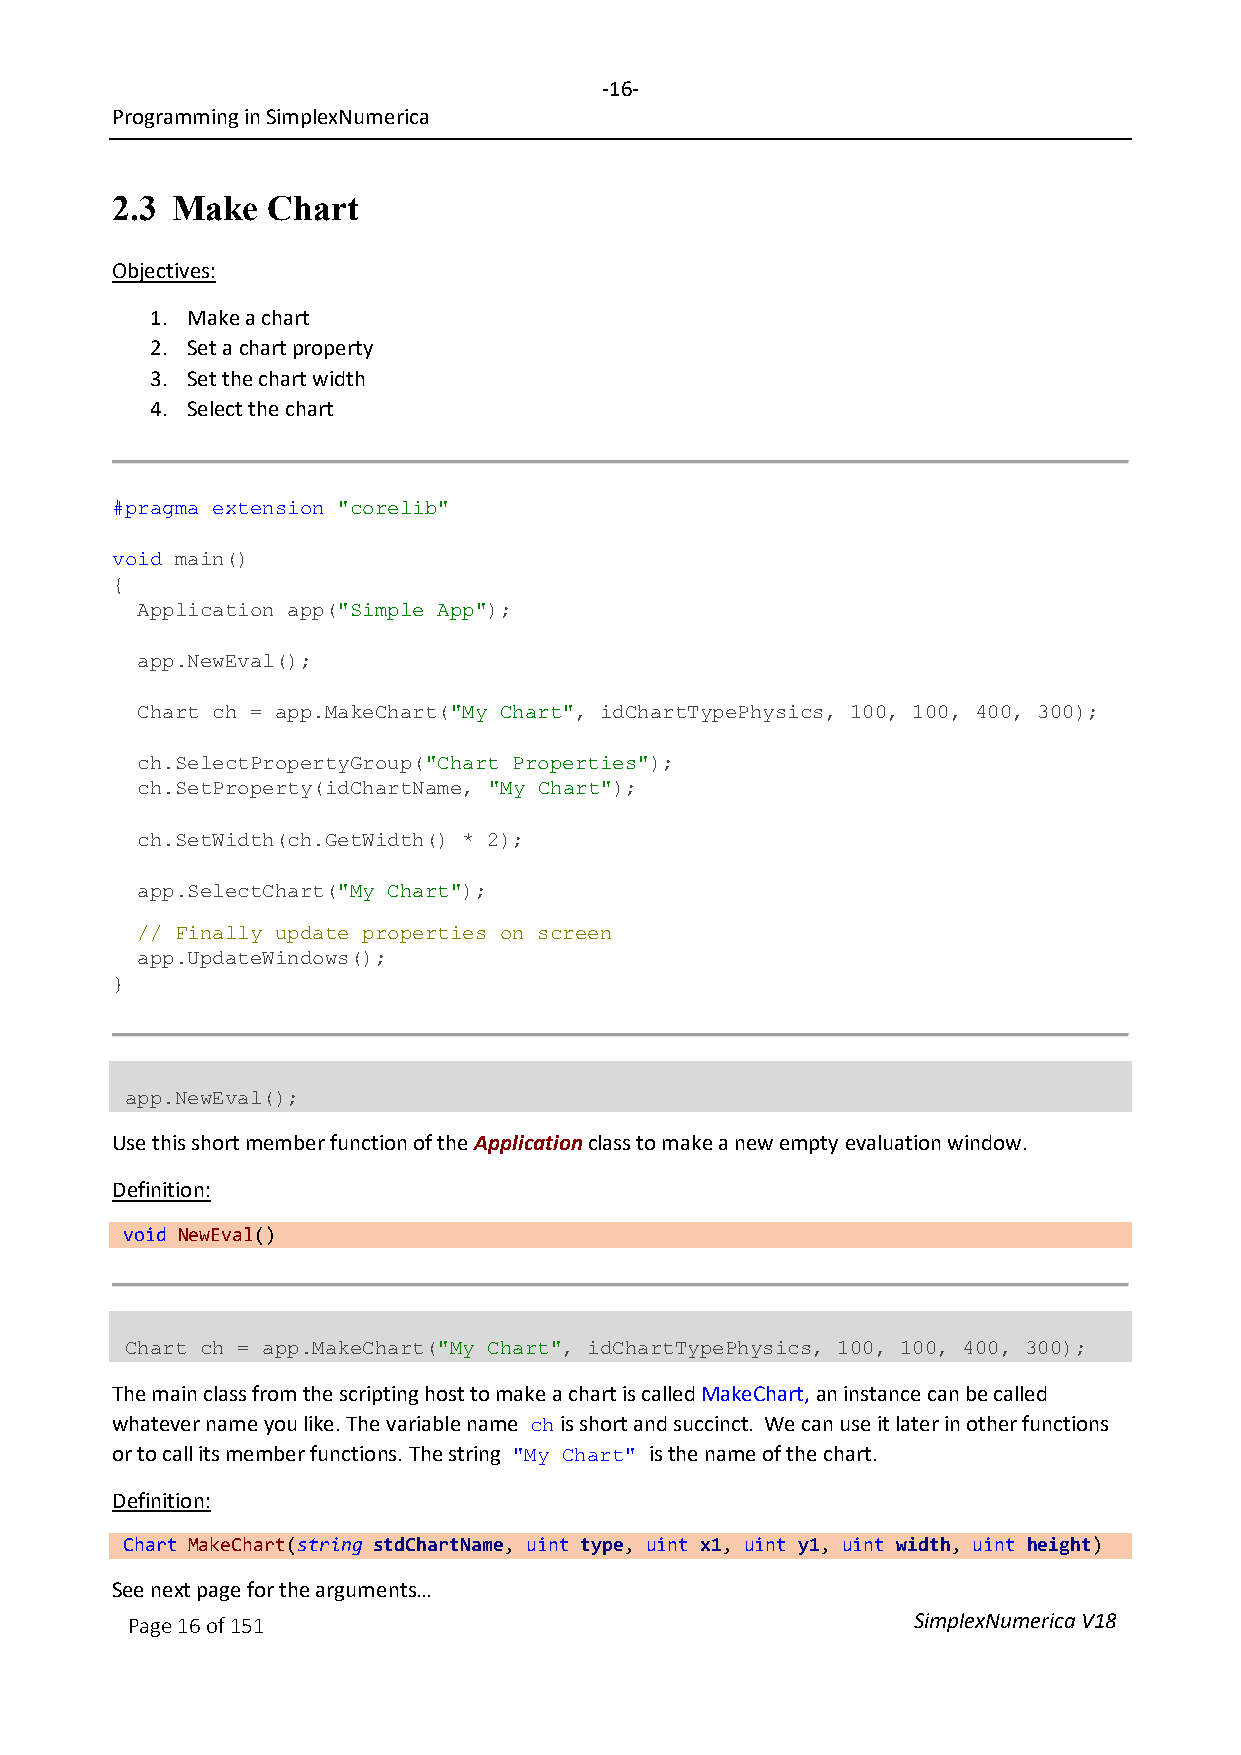
-16-
 Programming in SimplexNumerica
 2.3 Make   Chart
 Objectives:
 1. Make a chart
 2. Set a chart property
 3. Set the chart width
 4. Select the chart
 #pragma extension "corelib"
 void main()
 {
 Application app("Simple App");
 app.NewEval();
 Chart ch = app.MakeChart("My Chart", idChartTypePhysics, 100, 100, 400, 300);
 ch.SelectPropertyGroup("Chart Properties");
 ch.SetProperty(idChartName, "My Chart");
 ch.SetWidth(ch.GetWidth() * 2);
 app.SelectChart("My Chart");
 // Finally update properties on screen
 app.UpdateWindows();
 }
 app.NewEval();
 Use this short member function of the Application class to make a new empty evaluation window.
 Definition:
 void NewEval()
 Chart ch = app.MakeChart("My Chart", idChartTypePhysics, 100, 100, 400, 300);
 The main class from the scripting host to make a chart is called MakeChart, an instance can be called
 whatever name you like. The variable name is short and succinct. We can use it later in other functions
 ch
 or to call its member functions. The string is the name of the chart.
 "My Chart"
 Definition:
 Chart MakeChart(string stdChartName, uint type, uint x1, uint y1, uint width, uint height)
 See next page for the arguments…
 Page 16 of 151                                      SimplexNumerica V18